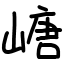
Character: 嵣